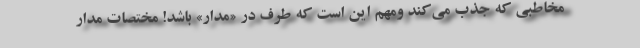
مخاطبی که جذب می‌کند ومهم این است که طرف در «مدار» باشد! مختصات مدار